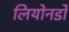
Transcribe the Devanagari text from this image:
लियोनर्डो